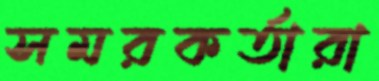
সমরকর্তারা